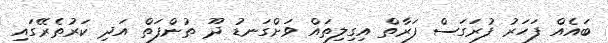
ބައެއް ފަހަރު ފުރަގަސް ފަރާތް އިގިލިތައް ވަށްގަނޑު ދޫ ތުންފަތް އަދި ކަރުތެރޭގައި